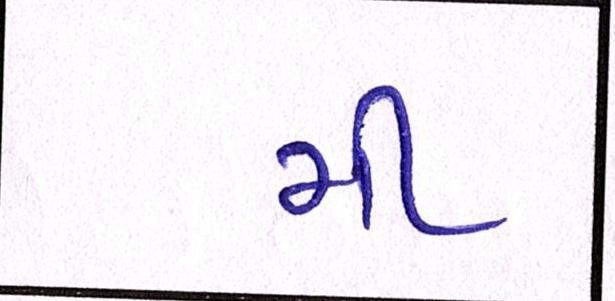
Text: મી